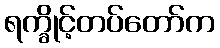
ရက္ခိုင့်တပ်တော်က